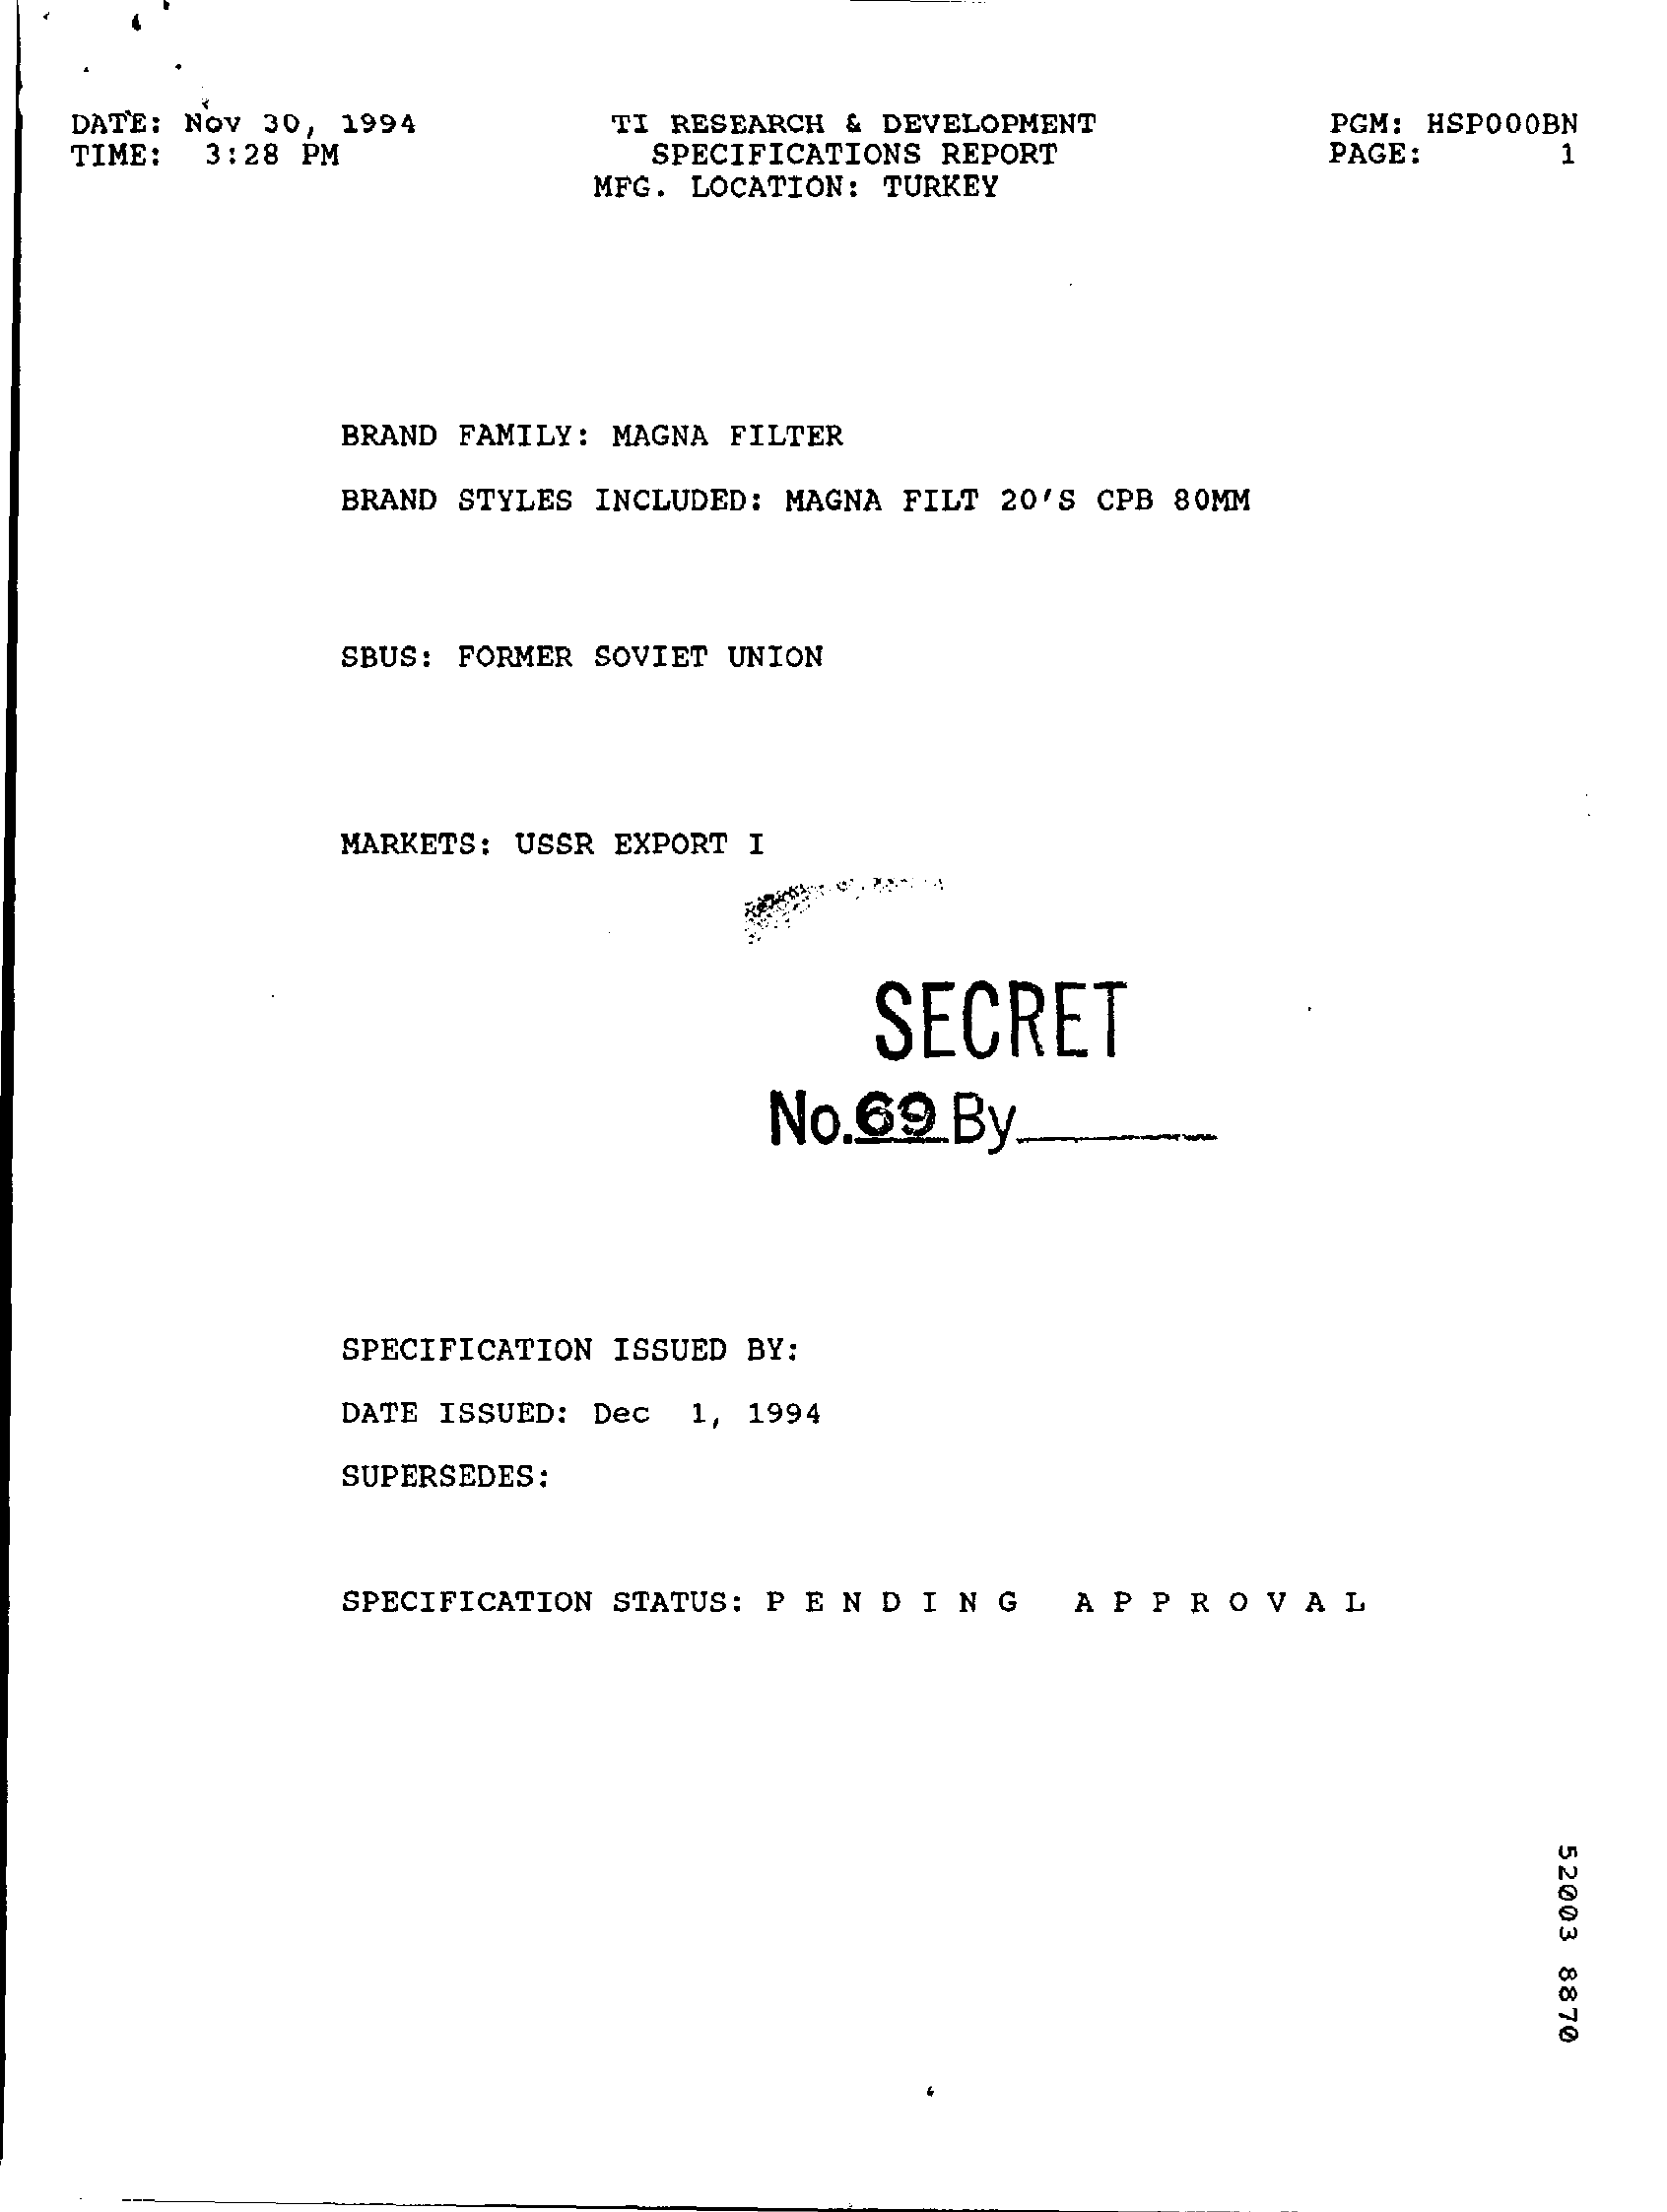
DATE: Nov 30, 1994    TI RESEARCH & DEVELOPMENT
   TIME: 3:28 PM    SPECIFICATIONS REPORT
     PGM: HSP000BN
     PAGE:    1
     MFG. LOCATION: TURKEY
     BRAND FAMILY: MAGNA FILTER
     BRAND STYLES INCLUDED: MAGNA FILT 20'S CPB 80MM
     SBUS: FORMER SOVIET UNION
     MARKETS: USSR EXPORT I
     SECRET
     No.69   By.
     SPECIFICATION ISSUED BY:
     DATE ISSUED: Dec 1, 1994
     SUPERSEDES:
     SPECIFICATION STATUS: PENDING    APPROVAL
     52003
     8870